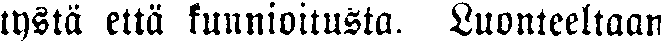
tystä että kunnioitusta. Luonteeltaan